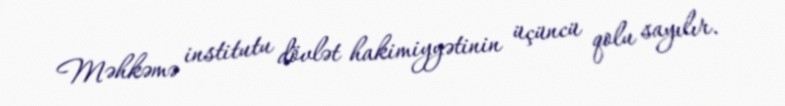
Məhkəmə institutu dövlət hakimiyyətinin üçüncü qolu sayılır.